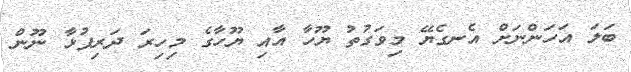
ބަލަ އަހަންނަށް އެނގެޔޭ މިވަގުތު ޔޫހާ އާއި ޔޫހާގެ މިހިރަ ދަރިފުޅާ ނޫން